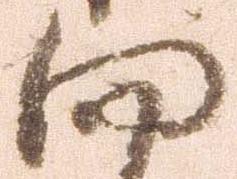
向